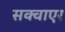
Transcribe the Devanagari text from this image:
सक्वाएर